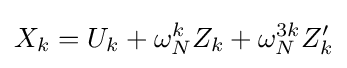
X_{k}=U_{k}+\omega _{N}^{k}Z_{k}+\omega _{N}^{3k}Z'_{k}